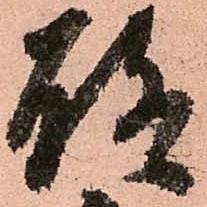
聊